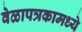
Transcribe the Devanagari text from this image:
वेळापत्रकामध्ये